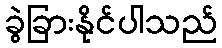
ခွဲခြားနိုင်ပါသည်